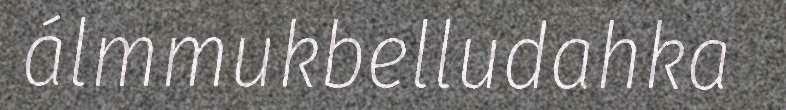
álmmukbelludahka